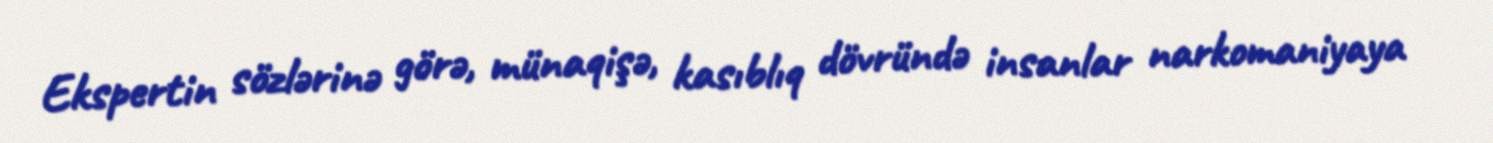
Ekspertin sözlərinə görə, münaqişə, kasıblıq dövründə insanlar narkomaniyaya